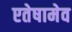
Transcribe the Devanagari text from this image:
एतेषामेव